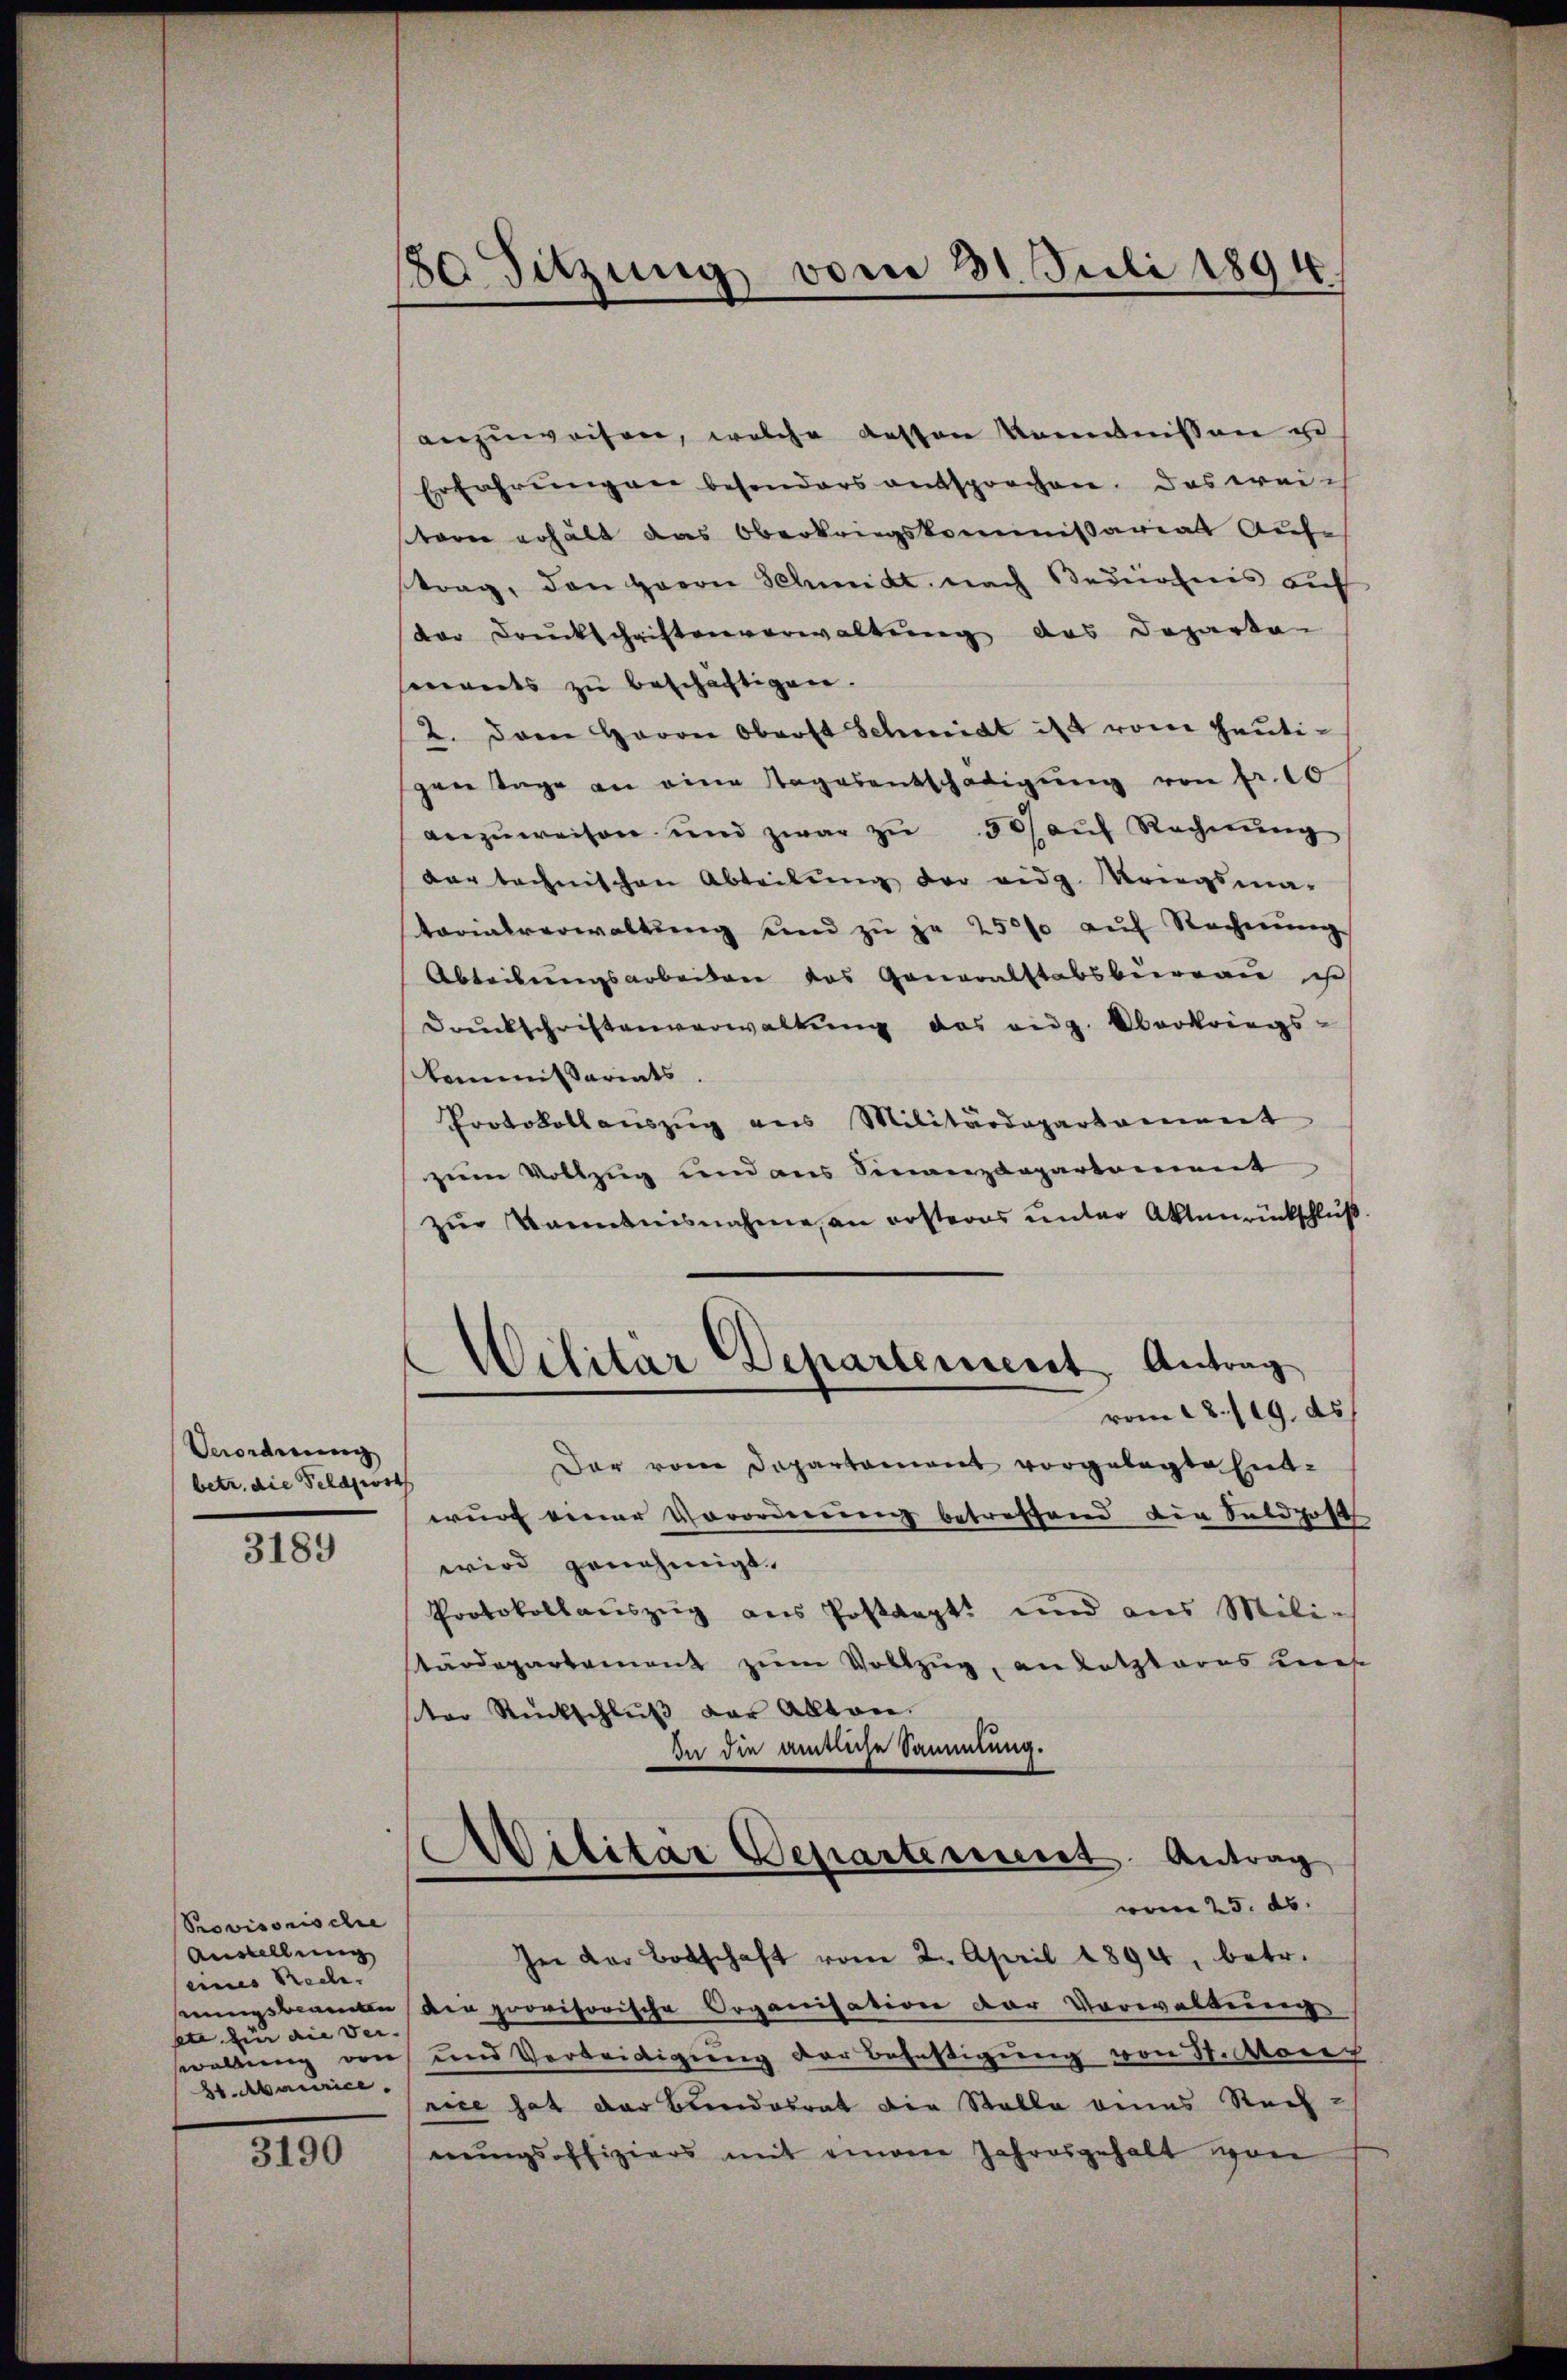
Verordnung
betr. die Feldwirth

3189

3190

180 Sitzung vom 31. Juli 1894.

Provisorische
Anstellung
seines Rede.
pte für die Ver- |
21. Maiinice.

anzuweisen, welche dessen Kenntnissen zu
Erfahrungen besonders entsprochen. Das weich
shornn erhält das Oberkriegskommissariat Aufe
trag, den Herrn Schmidt nach Bedürfnis auf
dor Druckschriftenverwaltung das Departen
swerts zu beschächtigen.
2. Dann Herrn Oberst Schmidt ist vom heutigen Tage an eine Tagesentschädigŭng von Fr. 10
anzŭweisen und zwar zŭ 50 aŭf Rechnŭng
dar technischen Abteilung der eidg. Kriegsma-
tarialverwaltŭng und zŭ je 250f auf Rechnŭng
Abteilungsarbeiten des Generalstabsbureau ist
Drŭckschriftenverwaltŭng des eig. Oberkriegs-
kommissariats
Protokoll aŭszŭg ans Militärdepartament
zum Vollzug und aus Sinanzdepartement
zŭr Kenntnisnahme an ersteres unter Aktenrückschluß
Wilitar Departement, Antrag
vom 28./29. ds.
Der vom Departement vorgelegte Entwurf einer Vororderung betreffend der Saldhoft
wird genehmigt.
Protokollauszug aus Postdept. und aus Mili¬
Kärdepartement zum Vollzug, an letzteres Les
ter Rückschlŭβ der Alltan
In die amtliche Sammlung.
Ailitar Departement. Antrag
vom 25. ds.
In der Botschaft vom 2. April 1894, betr.
nungsbeamten die provisorische Organisation der Vorwaltung
wallung von und Verleidigung der Befestigung von 31. Manz
rice hat der Bundesrat die Stalle eines Rech-
nungsoffiziers mit einem Jahresgehalt von